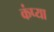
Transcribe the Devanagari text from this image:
कंप्या